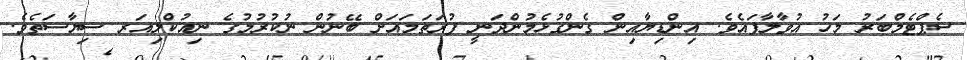
ސެޕްޓެމްބަރު މަހު އުވާލާފައެވެ. އިންޑިޔާއިން ގެންގުޅެމުންދަނީ ފުރަތަމައަށް ބޭނުން ނުކުރުމުގެ ނިއުކްލިއަރ ސިޔާސަތެވެ.